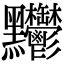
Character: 𪓊